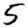
Digit: 5